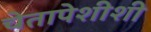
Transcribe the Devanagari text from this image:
चेतापेशीशी